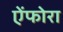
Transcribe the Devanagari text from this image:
ऐंफोरा